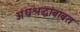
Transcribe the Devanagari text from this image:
अंधश्रद्धांबाबत